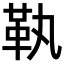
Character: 𩉝